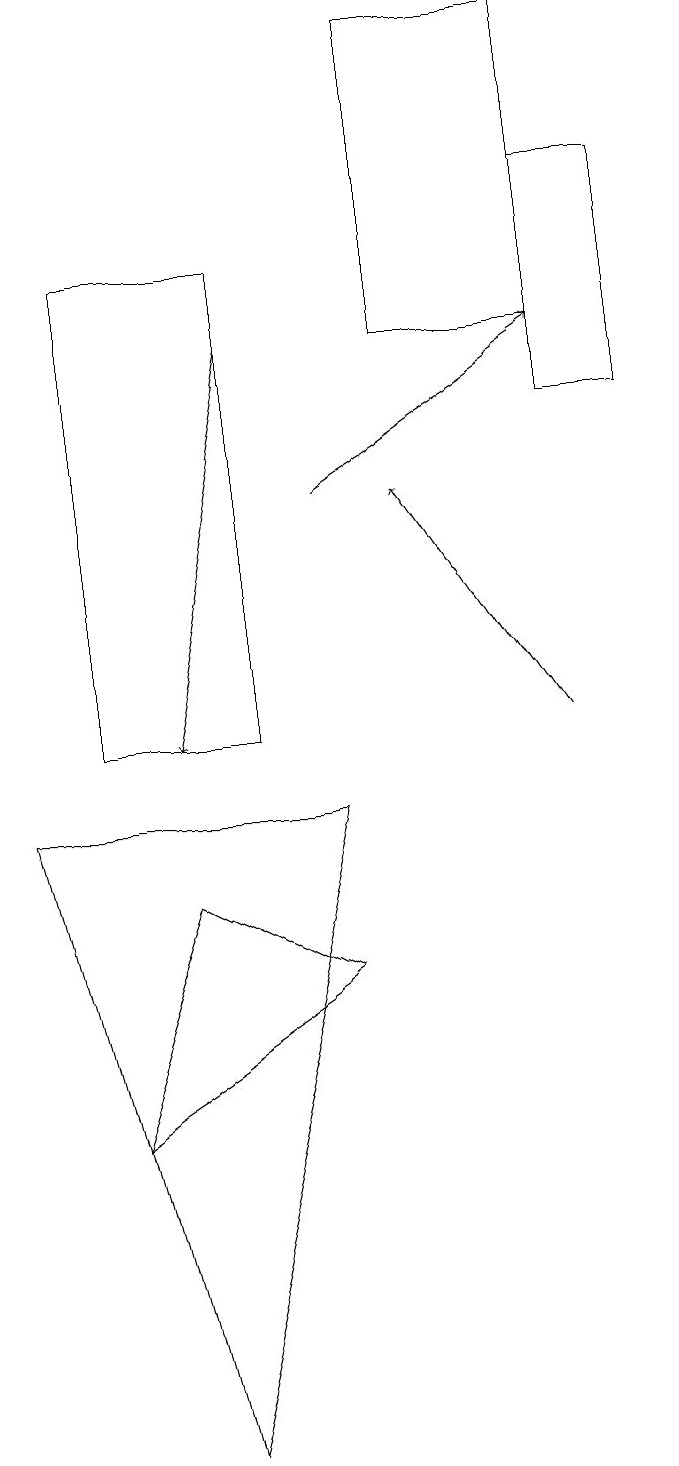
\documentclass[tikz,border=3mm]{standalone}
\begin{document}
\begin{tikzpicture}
\draw (4,9) -- (0,9) -- (2,1) -- cycle;
\draw (5,19) rectangle (7,15);
\draw[->] (3,15) -- (2,10);
\draw (7,14) rectangle (8,17);
\draw (3,10) rectangle (1,16);
\draw[->] (4,13) -- (7,15);
\draw[->] (7,10) -- (5,13);
\draw (1,5) -- (2,8) -- (4,7) -- cycle;
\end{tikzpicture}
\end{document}